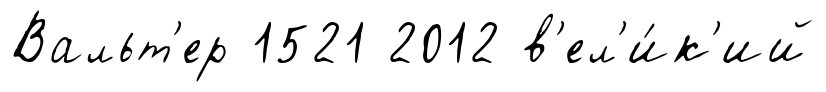
Вальт'ер 1521 2012 в'ел'и́к'ий